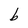
Character: b